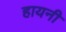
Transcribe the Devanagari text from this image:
हायनी